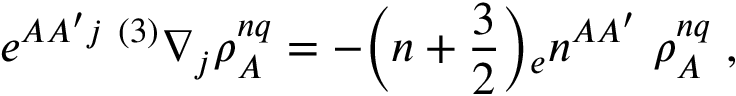
e ^ { A A ^ { \prime } j } \; { } ^ { ( 3 ) } \nabla _ { j } \rho _ { A } ^ { n q } = - \Bigr ( n + { \frac { 3 } { 2 } } \Bigr ) { _ { e } n ^ { A A ^ { \prime } } } \; \rho _ { A } ^ { n q } \; ,